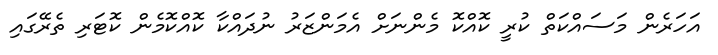
އަހަރެން މަސައްކަތް ކުރީ ކޮއްކޮ މެންނަށް އެމަންޒަރު ނުދައްކާ ކޮއްކޮމެން ކޮޓަރި ތެރޭގައި